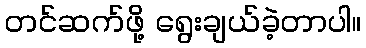
တင်ဆက်ဖို့ ရွေးချယ်ခဲ့တာပါ။